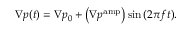
\nabla p ( t ) = \nabla p _ { 0 } + \left( \nabla p ^ { \mathrm { a m p } } \right) \sin { ( 2 \pi f t ) } .